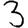
Digit: 3